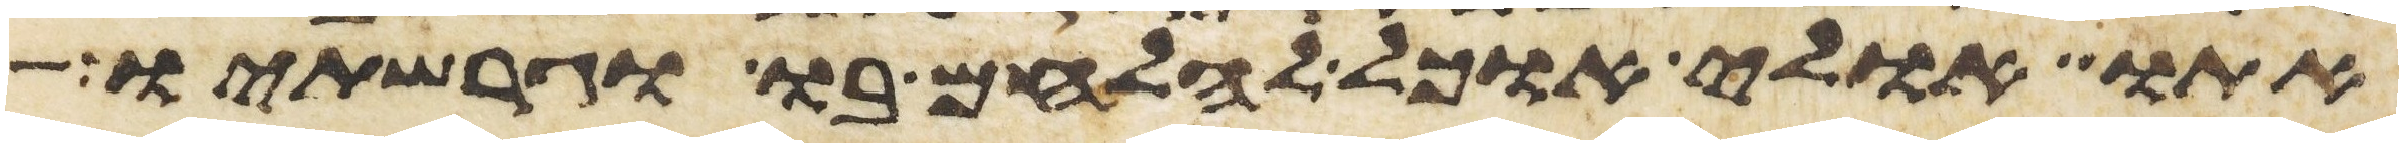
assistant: אתו אולי אוכל להלחם בו וגרשתיו